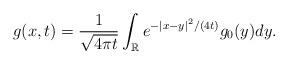
LaTeX: \begin{align*}g(x,t)=\frac{1}{\sqrt{4\pi t}}\int_{\mathbb{R}} e^{-\left\vert x-y\right\vert ^{2}/(4t)}g_{0}(y)dy.\end{align*}